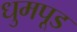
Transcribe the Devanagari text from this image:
धुमपूड